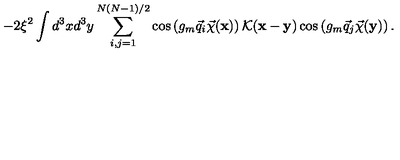
- 2 \xi ^ { 2 } \int d ^ { 3 } x d ^ { 3 } y \sum _ { i , j = 1 } ^ { N ( N - 1 ) / 2 } \cos \left( g _ { m } \vec { q } _ { i } \vec { \chi } ( { \bf x } ) \right) { \cal K } ( { \bf x } - { \bf y } ) \cos \left( g _ { m } \vec { q } _ { j } \vec { \chi } ( { \bf y } ) \right) .